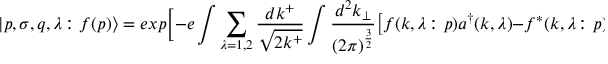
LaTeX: \vert p , \sigma , q , \lambda \colon f ( p ) \rangle = e x p \biggl [ - e \int \sum _ { \lambda = 1 , 2 } { \frac { d k ^ { + } } { \sqrt { 2 k ^ { + } } } } \int { \frac { d ^ { 2 } k _ { \perp } } { ( 2 \pi ) ^ { \frac { 3 } { 2 } } } } \bigl [ f ( k , \lambda \colon p ) a ^ { \dagger } ( k , \lambda ) - f ^ { * } ( k , \lambda \colon p ) a ( k , \lambda ) \bigr ] \biggr ] \vert p , \sigma , q , \lambda \rangle \; .